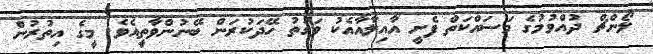
ލޯންޗް ދުއްވުމުގެ މަސައްކަތް ފެށީ އާއިލާއާއެކު ވަގުތު ހޭދަކުރަން ބޭނުންވާތީއެވެ. މީގެ އިތުރުން